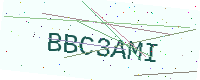
Text: BBC3AMI